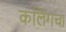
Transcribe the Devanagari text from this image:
कलिंगचा